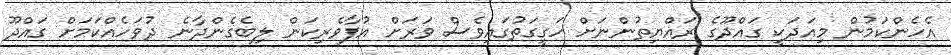
އެހެންކަމުން މިއަދަކީ ގައްދޫގެ ރައްޔިތުންނަށް ހަގީގަތުގައިވެސް ވަރަށް އުފާވެރިކަން ލިބެގެންދާނެ ދުވަހެއްކަމަށް ގައްދޫ